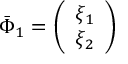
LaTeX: \bar { \Phi } _ { 1 } = \left( \begin{array} { c } { { \xi _ { 1 } } } \\ { { \xi _ { 2 } } } \end{array} \right)